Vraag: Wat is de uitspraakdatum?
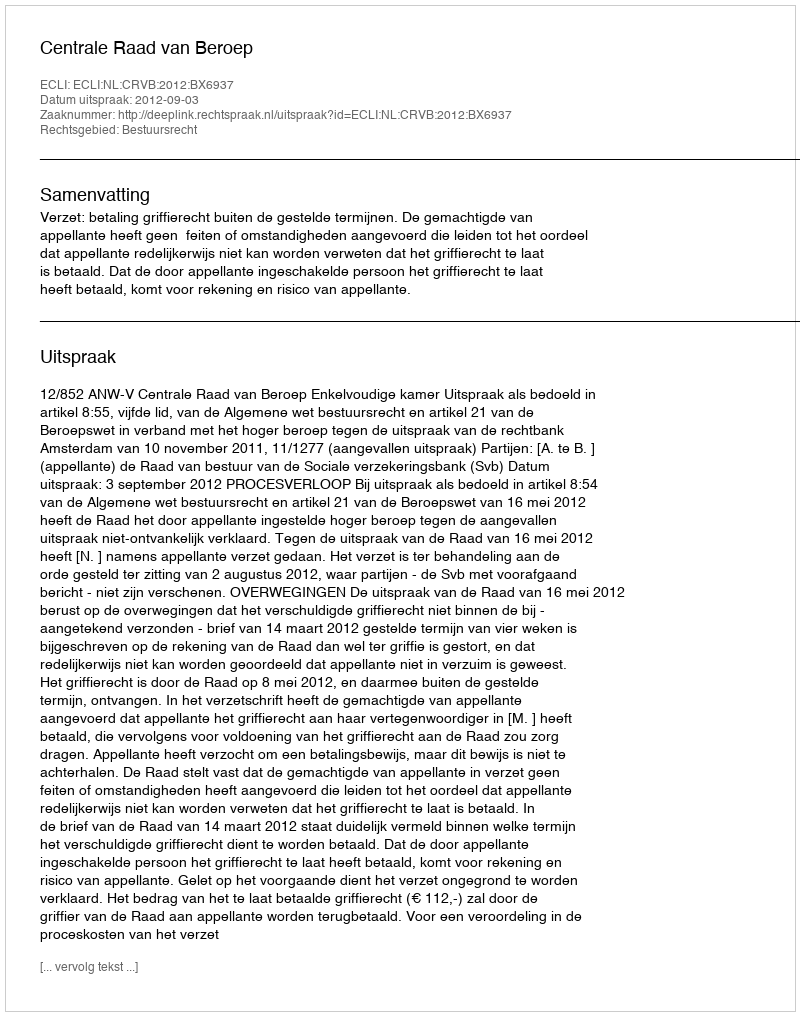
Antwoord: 2012-09-03